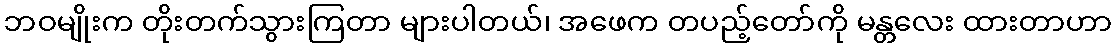
ဘဝမျိုးက တိုးတက်သွားကြတာ များပါတယ်၊ အဖေက တပည့်တော်ကို မန္တလေး ထားတာဟာ